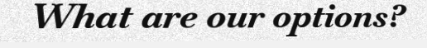
What are our options?